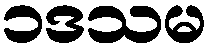
၁ဒသမ